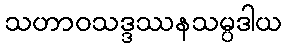
သဟာဝသဒ္ဒဿနသမ္ပဒါယ